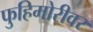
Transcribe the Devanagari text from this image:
फुहिमोरीवर